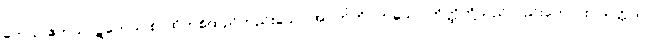
တေသု ဧကသာဋကေသု စ၊ ထိုတစ်ထည်တည်းသော အဝတ်ကိုဝတ်သော တိတ္ထိတို့သည်လည်းကောင်း။ သတ္တသု၊